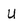
Character: u